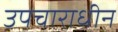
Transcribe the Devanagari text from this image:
उपचाराधीन